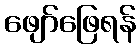
ဖျော်ဖြေရန်